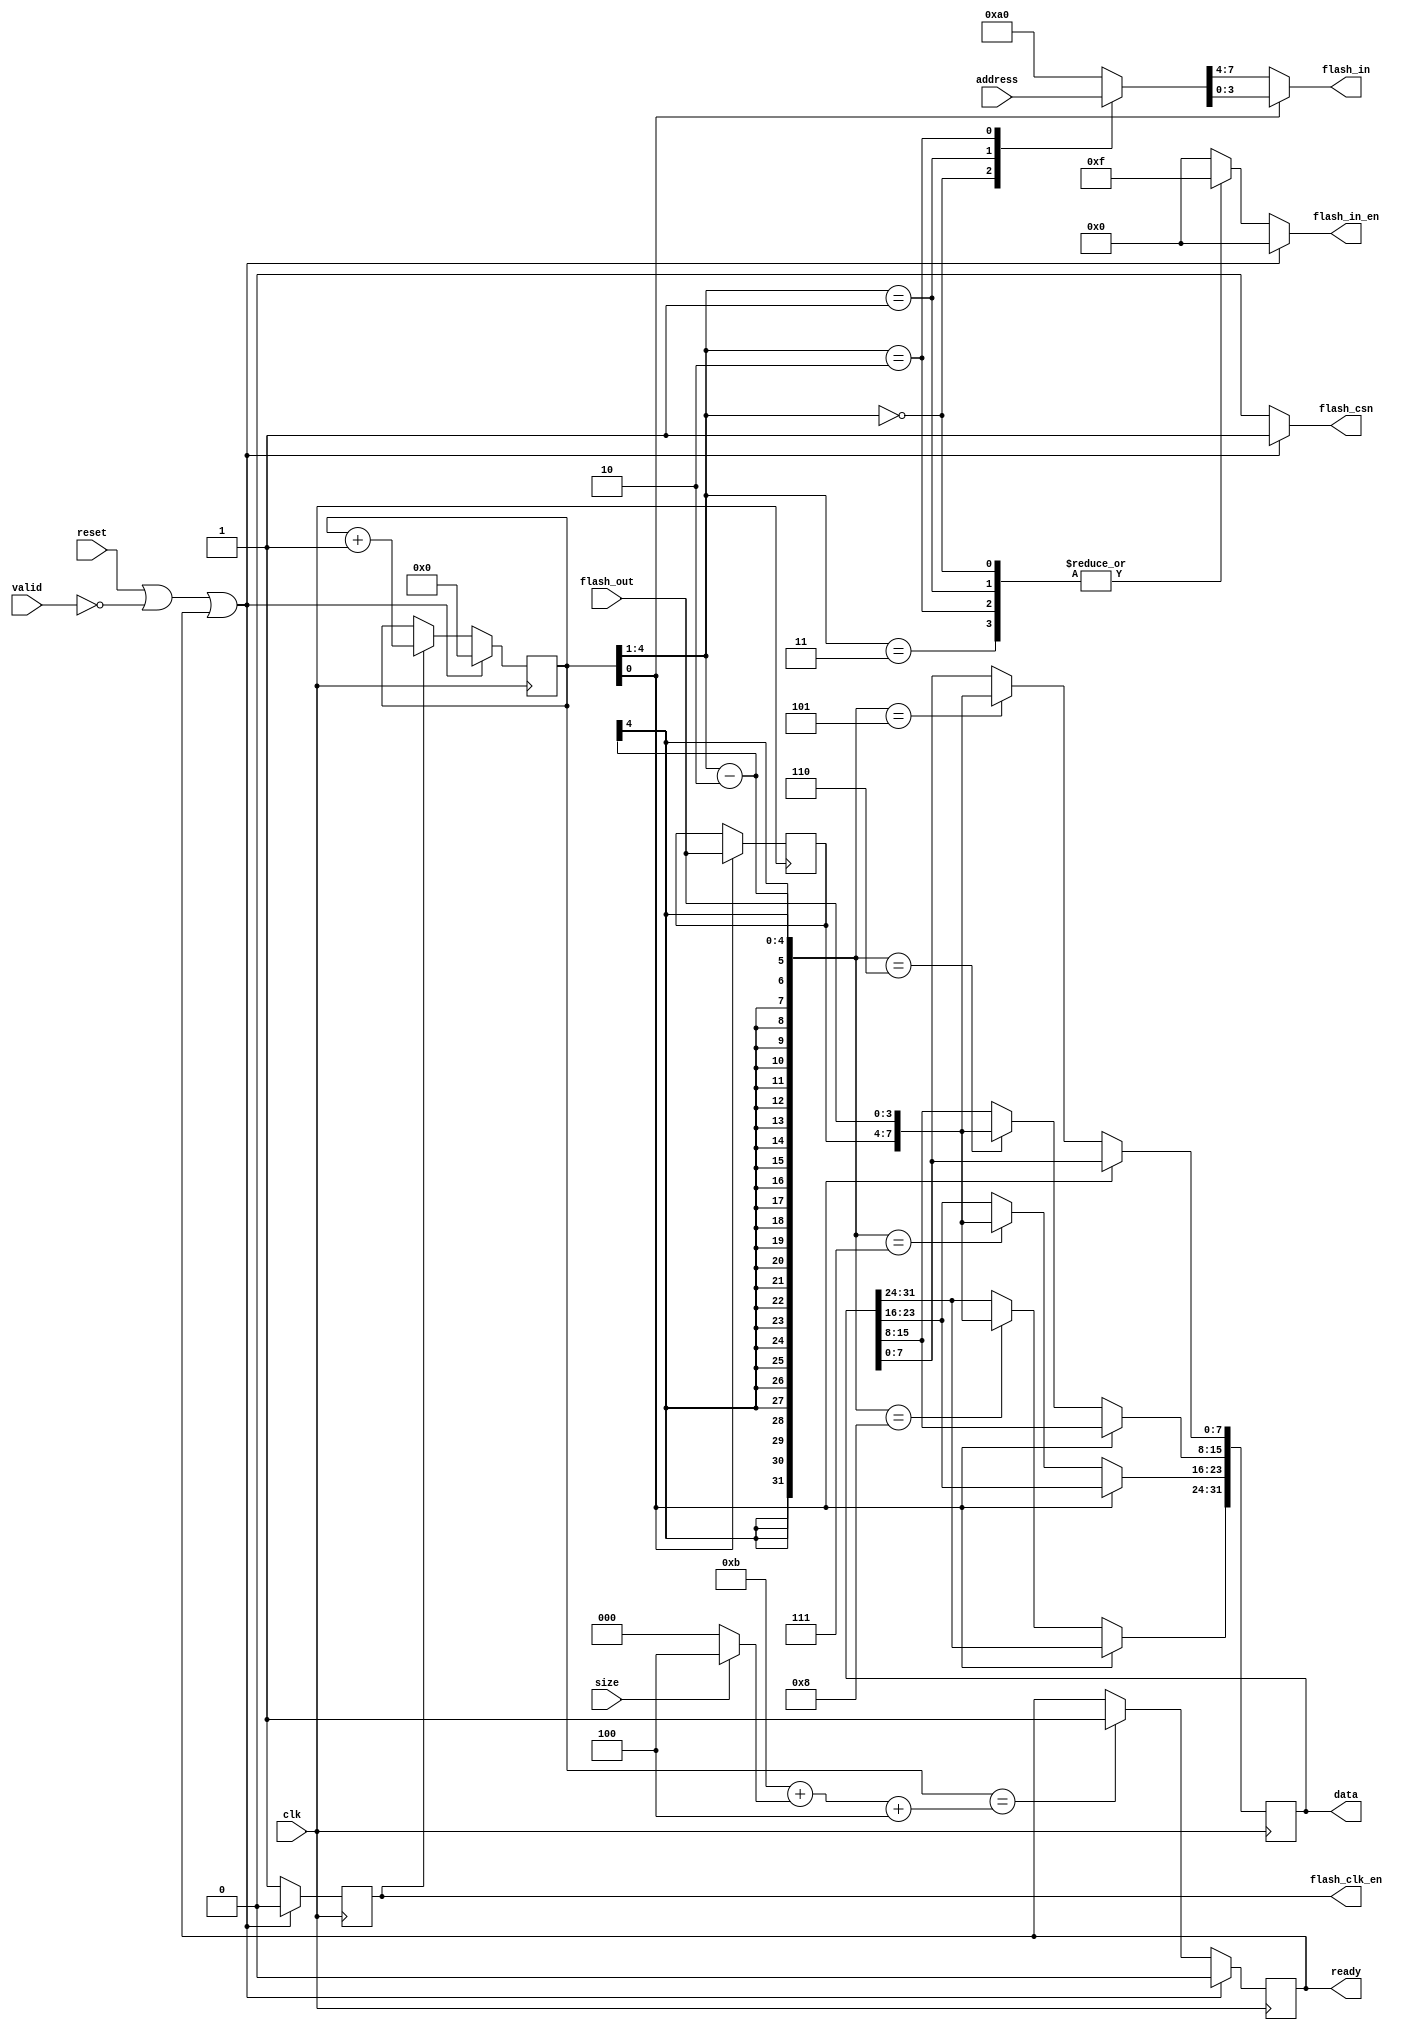
// This program was cloned from: https://github.com/dan-rodrigues/icestation-32
// License: MIT License

// flash_reader.v
//
// Copyright (C) 2020 Dan Rodrigues <danrr.gh.oss@gmail.com>
//
// SPDX-License-Identifier: MIT

// This flash controller assumes QPI (or QSPI) and CRM have been preenabled
// The assumed CRM command is 0xeb (Fast Read Quad I/O)
// It will keep CRM enabled after every read

`default_nettype none

// Note flash_in, flash_in_en and flash_csn are not registered in this module
// They are registered externally (SB_IO instances for up5k)

module flash_reader #(
    parameter [0:0] ASSUME_QPI = 0
) (
    input clk,
    input reset,

    input valid,
    input [23:0] address,
    input size,
    output reg [31:0] data,
    output reg ready,

    output reg flash_clk_en,
    output reg flash_csn,
    output reg [3:0] flash_in,
    output reg [3:0] flash_in_en,
    input [3:0] flash_out
);
    localparam DUMMY_CYCLES = ASSUME_QPI ? 0 : 4;

    // Winbond: byte[5:4] == 2'b10
    // ISSI: byte[7:4] == 4'b1001
    localparam [7:0] CRM_BYTE = 8'h20 | 8'h80;

    reg [4:0] state;
    
    wire [3:0] byte_state = state[4:1];
    wire nybble_state = state[0];

    reg [3:0] read_buffer;
    wire [7:0] read_byte = {read_buffer, flash_out};

    always @(posedge clk) begin
        if (nybble_state) begin
            read_buffer <= flash_out;
        end
    end

    reg [7:0] selected_byte;

    always @* begin
        case (byte_state)
            0: selected_byte = address[23:16];
            1: selected_byte = address[15:8];
            2: selected_byte = address[7:0];
            default: selected_byte = CRM_BYTE;
        endcase
    end

    always @* begin
        flash_in = nybble_state ? selected_byte[3:0] : selected_byte[7:4];
    end

    always @(posedge clk) begin
        if (!nybble_state) begin
            case (byte_state - (DUMMY_CYCLES / 2))
                5: data[7:0] <= read_byte;
                6: data[15:8] <= read_byte;
                7: data[23:16] <= read_byte;
                8: data[31:24] <= read_byte;
            endcase
        end
    end

    wire halted = (reset || !valid || ready);

    always @* begin
        if (halted) begin
            flash_in_en = 0;
            flash_csn = 1;
        end else begin
            flash_csn = 0;

            case (byte_state)
                0, 1, 2, 3: flash_in_en = 4'hf;
                default: flash_in_en = 0;
            endcase
        end
    end

    wire [4:0] state_final = 5'h0b + (size ? 4 : 0) + DUMMY_CYCLES;

    always @(posedge clk) begin
        if (halted) begin
            flash_clk_en <= 0;
            state <= 0;
            ready <= 0;
        end else begin
            if (flash_clk_en) begin
                state <= state + 1;
            end

            flash_clk_en <= 1;

            if (state == state_final) begin
                ready <= 1;
            end
        end
    end

endmodule